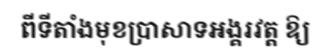
ពីទីតាំងមុខប្រាសាទអង្គរវត្ត ឱ្យ